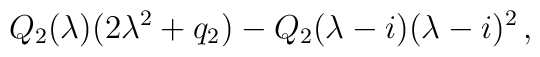
Q_2(\lambda )(2\lambda^2+q_2) -Q_2(\lambda -i)(\lambda -i)^2\,,